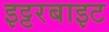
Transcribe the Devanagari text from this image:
इट्टरबाइट